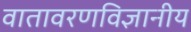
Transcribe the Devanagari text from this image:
वातावरणविज्ञानीय